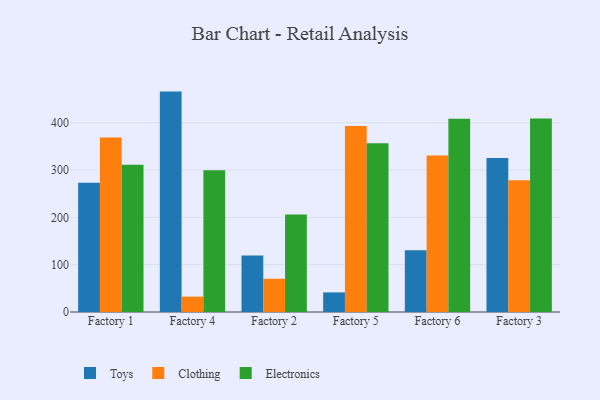
{"axis": {"x": "Factory", "y": "Conversion Rate (%)"}, "legend": ["Clothing", "Electronics", "Toys"], "data": [{"x": "Factory 1", "y": 273.0, "type": "Toys"}, {"x": "Factory 1", "y": 368.6, "type": "Clothing"}, {"x": "Factory 1", "y": 311.3, "type": "Electronics"}, {"x": "Factory 4", "y": 465.8, "type": "Toys"}, {"x": "Factory 4", "y": 32.5, "type": "Clothing"}, {"x": "Factory 4", "y": 299.8, "type": "Electronics"}, {"x": "Factory 2", "y": 119.6, "type": "Toys"}, {"x": "Factory 2", "y": 70.3, "type": "Clothing"}, {"x": "Factory 2", "y": 205.9, "type": "Electronics"}, {"x": "Factory 5", "y": 41.4, "type": "Toys"}, {"x": "Factory 5", "y": 393.2, "type": "Clothing"}, {"x": "Factory 5", "y": 356.9, "type": "Electronics"}, {"x": "Factory 6", "y": 130.7, "type": "Toys"}, {"x": "Factory 6", "y": 330.6, "type": "Clothing"}, {"x": "Factory 6", "y": 408.5, "type": "Electronics"}, {"x": "Factory 3", "y": 325.6, "type": "Toys"}, {"x": "Factory 3", "y": 278.4, "type": "Clothing"}, {"x": "Factory 3", "y": 409.0, "type": "Electronics"}]}